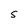
Character: S